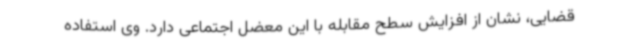
قضایی، نشان از افزایش سطح مقابله با این معضل اجتماعی دارد. وی استفاده